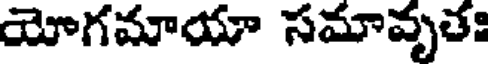
యోగమాయా సమావృతః